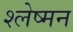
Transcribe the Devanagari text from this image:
श्‍लेष्‍मन